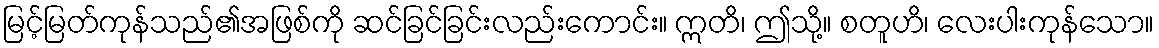
မြင့်မြတ်ကုန်သည်၏အဖြစ်ကို ဆင်ခြင်ခြင်းလည်းကောင်း။ ဣတိ၊ ဤသို့။ စတူဟိ၊ လေးပါးကုန်သော။